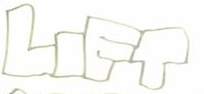
LIET